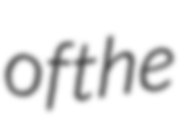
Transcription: of the